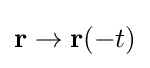
\mathbf {r} \rightarrow \mathbf {r} (-t)